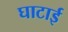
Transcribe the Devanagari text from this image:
घाटाई